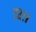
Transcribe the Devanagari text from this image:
७२।।